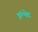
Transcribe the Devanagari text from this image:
इंग्भेद